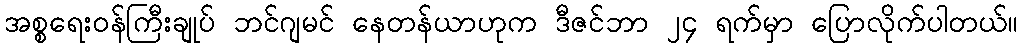
အစ္စရေးဝန်ကြီးချုပ် ဘင်ဂျမင် နေတန်ယာဟုက ဒီဇင်ဘာ ၂၄ ရက်မှာ ပြောလိုက်ပါတယ်။